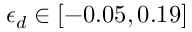
\epsilon _ { d } \in [ - 0 . 0 5 , 0 . 1 9 ]